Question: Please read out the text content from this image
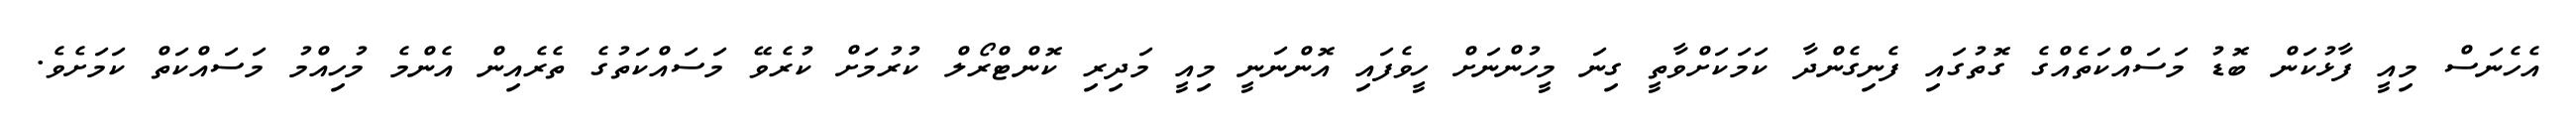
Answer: އެހެނަސް މިއީ ފާޅުކަން ބޮޑު މަސައްކަތެއްގެ ގޮތުގައި ފެނިގެންދާ ކަމަކަށްވާތީ ގިނަ މީހުންނަށް ހީވެފައި އޮންނަނީ މިއީ މަދިރި ކޮންޓްރޯލް ކުރުމަށް ކުރެވޭ މަސައްކަތުގެ ތެރެއިން އެންމެ މުހިއްމު މަސައްކަތް ކަމަށެވެ.